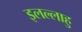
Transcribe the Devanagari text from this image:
इलल्लाहु